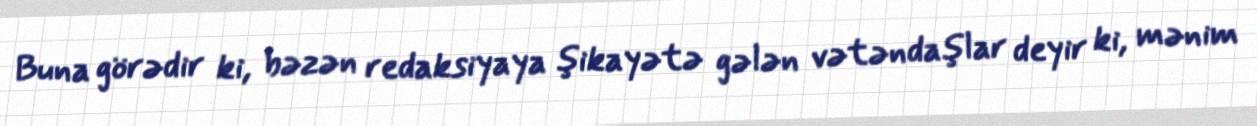
Buna görədir ki, bəzən redaksiyaya şikayətə gələn vətəndaşlar deyir ki, mənim